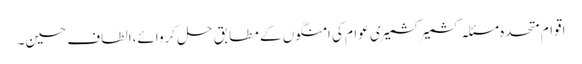
اقوام متحدہ مسئلہ کشمیر کشمیری عوام کی امنگوں کے مطابق حل کروائے،الطاف حسین۔